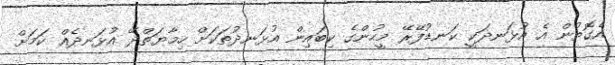
އެގޮތުން އެ އުޅަނދަކީ ކަނޑުފޭރޭ މީހުންގެ ކިބައިން އުޅަނދުތަކަށް ހިމާޔަތްދޭ އުޅަނދެއް ކަމަށް